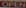
Open